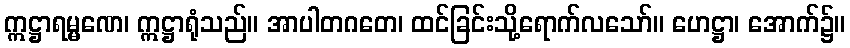
ဣဋ္ဌာရမ္မဏေ၊ ဣဋ္ဌာရုံသည်။ အာပါတဂတေ၊ ထင်ခြင်းသို့ရောက်လသော်။ ဟေဋ္ဌာ၊ အောက်၌။